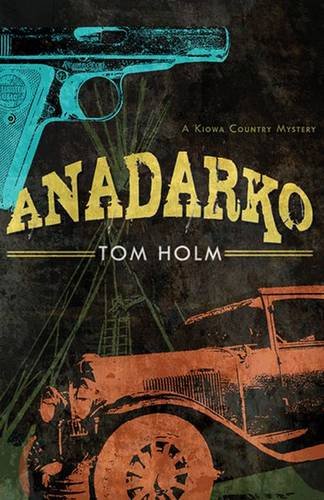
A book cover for Anadarko: A Kiowa Country Mystery; Tom Holm; Literature & Fiction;